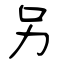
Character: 另